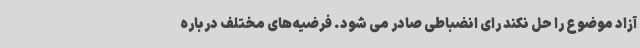
آزاد موضوع را حل نکند رای انضباطی صادر می شود. فرضیه‌های مختلف درباره